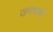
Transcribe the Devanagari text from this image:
जगन्नाथी